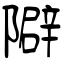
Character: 隦